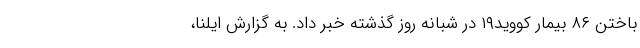
باختن ۸۶ بیمار کووید۱۹ در شبانه روز گذشته خبر داد. به گزارش ایلنا،